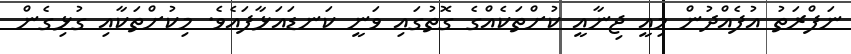
ނަފްރަތު އުފެއްދުން މިއީ ޖިނާއީ ކުށްތަކެއްގެ ގޮތުގައި ވަނީ ކަނޑައަޅާފައެވެ. މިކުށްތަކާއި ގުޅިގެން